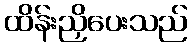
ထိန်းညှိပေးသည်